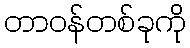
တာဝန်တစ်ခုကို